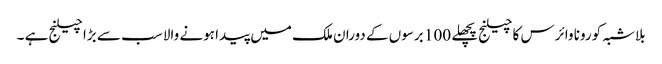
بلاشبہ کورونا وائرس کا چیلنج پچھلے 100 برسوں کے دوران ملک میں پیدا ہونے والا سب سے بڑا چیلنج ہے ۔